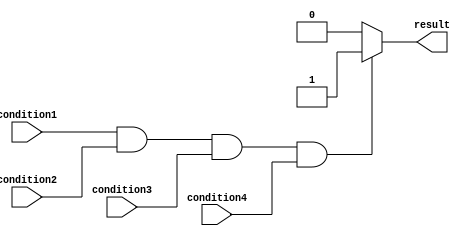
module multiple_condition_example (
    input wire condition1,
    input wire condition2,
    input wire condition3,
    input wire condition4,
    output reg result
);

always @* begin
    if (condition1 && condition2 && condition3 && condition4) begin
        result = 1;
    end
    else begin
        result = 0;
    end
end

endmodule